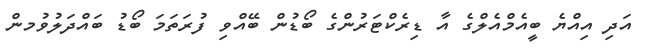
އަދި އިއްޔެ ބީއެމްއެލްގެ އާ ޑިރެކްޓަރުންގެ ބޯޑުން ބޭއްވި ފުރަތަމަ ބޯޑު ބައްދަލުވުމން